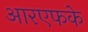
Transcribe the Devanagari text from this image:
आरएफके